Indian journal of veterinary science and animal husbandry - Volumes 22-23, 1952-1953
Year: 1952
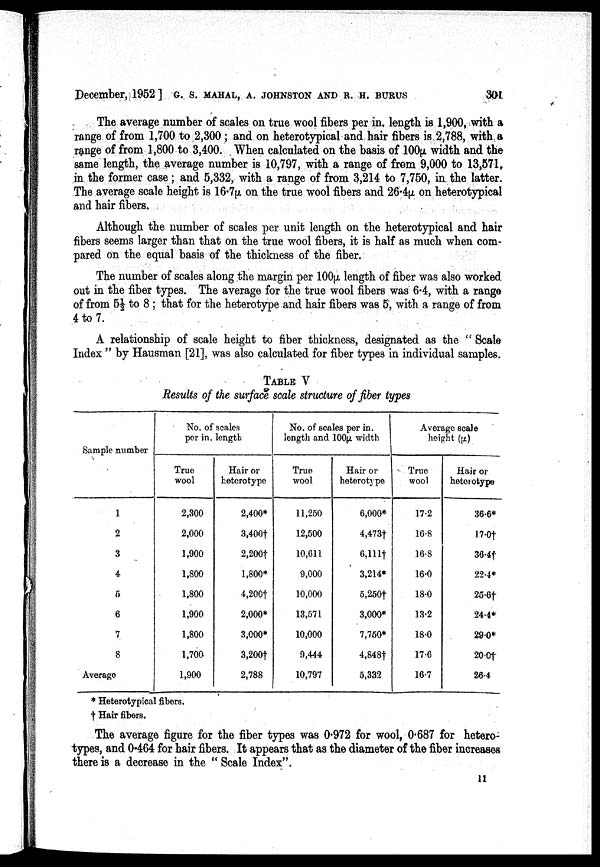
December, 1952] G. S. MAHAL, A. JOHNSTON AND R. H. BURUS 301
The average number of scales on true wool fibers per in. length is 1,900, with a
range of from 1,700 to 2,300; and on heterotypical and hair fibers is 2,788, with a
range of from 1,800 to 3,400. When calculated on the basis of 100µ width and the
same length, the average number is 10,797, with a range of from 9,000 to 13,571,
in the former case; and 5,332, with a range of from 3,214 to 7,750, in the latter.
The average scale height is 16.7µ on the true wool fibers and 26.4µ on heterotypical
and hair fibers.
Although the number of scales per unit length on the heterotypical and hair
fibers seems larger than that on the true wool fibers, it is half as much when com-
pared on the equal basis of the thickness of the fiber.
The number of scales along the margin per 100µ length of fiber was also worked
out in the fiber types. The average for the true wool fibers was 6.4, with a range
of from 5½ to 8; that for the heterotype and hair fibers was 5, with a range of from
4 to 7.
A relationship of scale height to fiber thickness, designated as the "Scale
Index" by Hausman [21], was also calculated for fiber types in individual samples.
TABLE V
Results of the surface scale structure of fiber types
Sample number
1
2
3
4
5
6
7
8
Average
No. of scales
per in. length
True
wool
2,300
2,000
1,900
1,800
1,800
1,900
1,800
1,700
1,900
Hair or
heterotype
2,400*
3,400t
2,200†
1,800*
4,200t
2,000*
3,000*
3,200†
2,788
No. of scales per in.
length and 100µ width
True
wool
11,250
12,500
10,611
9,000
10,000
13,571
10,000
9,444
10,797
Hair or
heterotype
6,000*
4,473†
6,111†
3,214*
5,250t
3,000*
7,750*
4,848t
5,332
Average scale
height (µ)
True
wool
17.2
16.8
16.8
16.0
18.0
13.2
18.0
17.6
16.7
Hair or
hetorotype
36.6*
17.0†
36.4†
22.4*
26.8†
24.4*
29.0*
20.0†
26.4
* Heterotypical fibers.
† Hair fibers.
The average figure for the fiber types was 0.972 for wool, 0.687 for hetero
types, and 0.464 for hair fibers. It appears that as the diameter of the fiber increases
there is a decrease in the "Scale Index".
11